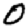
Digit: 0